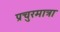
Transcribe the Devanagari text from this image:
प्रचुरमात्रा